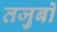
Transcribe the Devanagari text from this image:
तजुर्बों